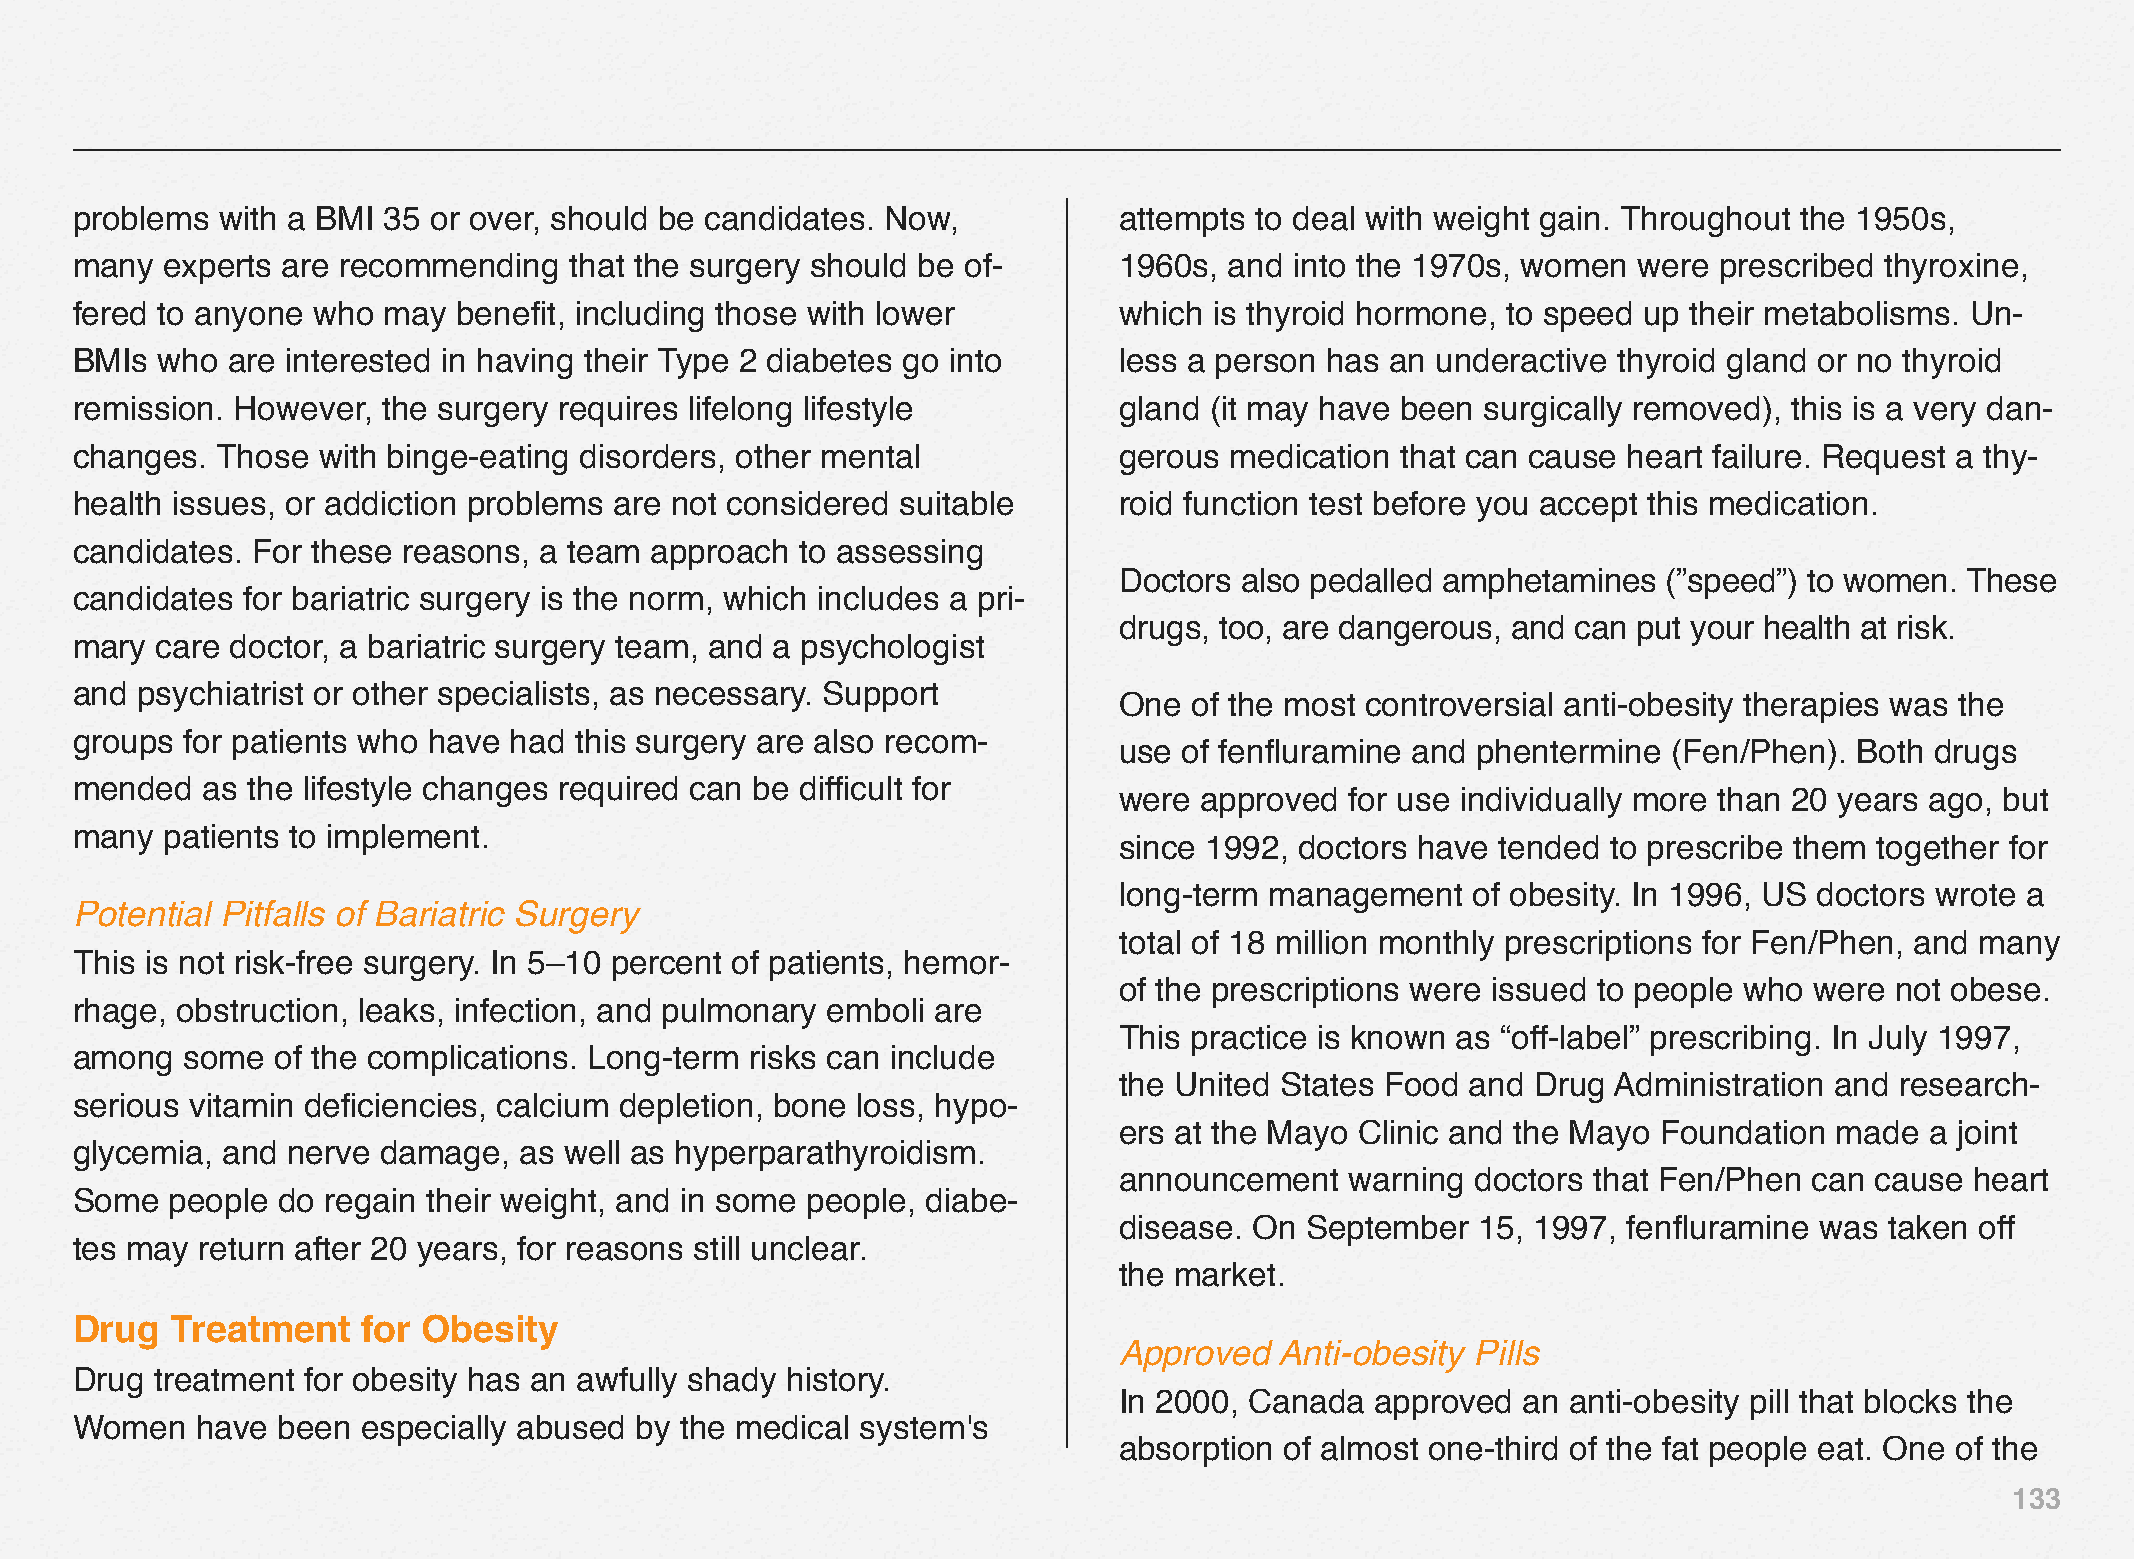
problems  with a BMI 35 or over, should be candidates. Now,          attempts to deal with weight gain. Throughout the 1950s,
 many  experts are recommending   that the surgery should be of-      1960s, and  into the 1970s, women were  prescribed thyroxine,
 fered to anyone who may  benefit, including those with lower         which is thyroid hormone, to speed up their metabolisms. Un-
 BMIs who  are interested in having their Type 2 diabetes go into     less a person has an underactive thyroid gland or no thyroid
 remission. However, the surgery requires lifelong lifestyle          gland (it may have been surgically removed), this is a very dan-
 changes. Those  with binge-eating disorders, other mental            gerous medication  that can cause heart failure. Request a thy-
 health issues, or addiction problems are not considered suitable     roid function test before you accept this medication.
 candidates. For these reasons, a team approach  to assessing
 Doctors also pedalled amphetamines  (”speed”) to women. These
 candidates for bariatric surgery is the norm, which includes a pri-
 drugs, too, are dangerous, and can put your health at risk.
 mary care doctor, a bariatric surgery team, and a psychologist
 and psychiatrist or other specialists, as necessary. Support
 One  of the most controversial anti-obesity therapies was the
 groups for patients who have had this surgery are also recom-
 use of fenfluramine and phentermine  (Fen/Phen). Both drugs
 mended  as the lifestyle changes required can be difficult for
 were approved  for use individually more than 20 years ago, but
 many  patients to implement.
 since 1992, doctors have tended  to prescribe them together for
 long-term management   of obesity. In 1996, US doctors wrote a
 Potential Pitfalls of Bariatric Surgery
 total of 18 million monthly prescriptions for Fen/Phen, and many
 This is not risk-free surgery. In 5–10 percent of patients, hemor-
 of the prescriptions were issued to people who were not obese.
 rhage, obstruction, leaks, infection, and pulmonary emboli are
 This practice is known as “off-label” prescribing. In July 1997,
 among  some  of the complications. Long-term risks can include
 the United States Food and  Drug Administration and research-
 serious vitamin deficiencies, calcium depletion, bone loss, hypo-
 ers at the Mayo Clinic and the Mayo Foundation  made  a joint
 glycemia, and nerve damage,  as well as hyperparathyroidism.
 announcement   warning  doctors that Fen/Phen can cause  heart
 Some  people do  regain their weight, and in some people, diabe-
 disease. On September   15, 1997, fenfluramine was taken off
 tes may return after 20 years, for reasons still unclear.
 the market.
 Drug  Treatment    for Obesity
 Approved   Anti-obesity Pills
 Drug treatment for obesity has an awfully shady history.
 In 2000, Canada  approved  an anti-obesity pill that blocks the
 Women   have been  especially abused by the medical system's
 absorption of almost one-third of the fat people eat. One of the
 133